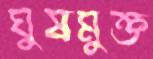
ঘুষমুক্ত